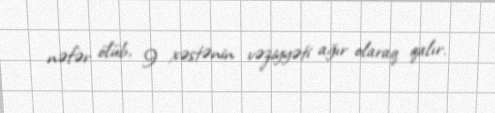
nəfər ölüb, 9 xəstənin vəziyyəti ağır olaraq qalır.